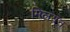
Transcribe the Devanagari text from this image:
मिलयन